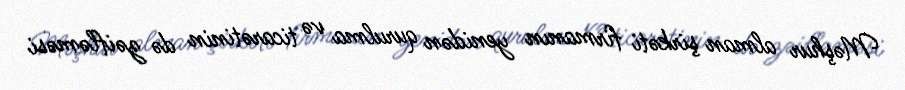
Məşhur alman şirkəti firmanın yenidən qurulma və ticarətinin də zəifləməsi